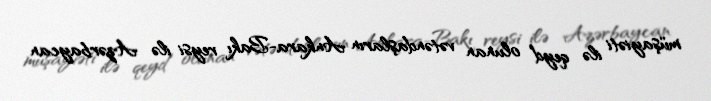
müşayiəti ilə qeyd olunan vətəndaşların Ankara-Bakı reysi ilə Azərbaycan